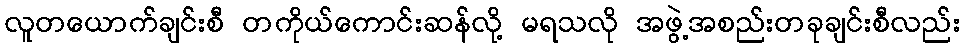
လူတယောက်ချင်းစီ တကိုယ်ကောင်းဆန်လို့ မရသလို အဖွဲ့အစည်းတခုချင်းစီလည်း